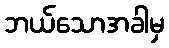
ဘယ်သောအခါမှ